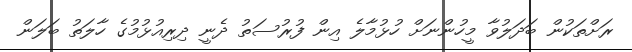
ރަށްތަކުން ބަދަލުވާ މީހުންނަށް ހުޅުމާލެ އިން ފުރުސަތު ދެނީ ދިރިއުޅުމުގެ ހާލަތު ބަލަން